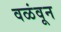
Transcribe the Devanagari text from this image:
वळंवून